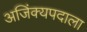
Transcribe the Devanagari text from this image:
अजिंक्यपदाला